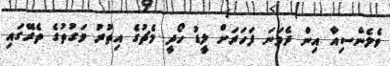
ވެލެންސިއާ އިން ދެވަނަ ފަހަރަށް ލީޑު ހޯދީ މެޗުގެ އިތުރު ވަގުތުގެ ތެރޭގައި